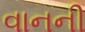
વાનની